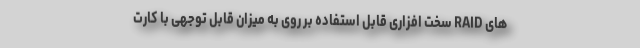
های RAID سخت افزاری قابل استفاده بر روی به میزان قابل توجهی با کارت